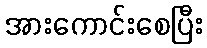
အားကောင်းစေပြီး